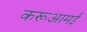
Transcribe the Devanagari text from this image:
करूआमई